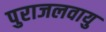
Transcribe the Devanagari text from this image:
पुराजलवायु